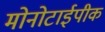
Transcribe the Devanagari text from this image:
मोनोटाईपीक